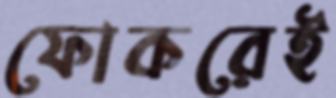
ফোকরেই